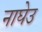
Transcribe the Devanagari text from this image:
नाघेउ